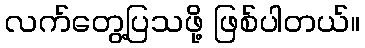
လက်တွေ့ပြသဖို့ ဖြစ်ပါတယ်။